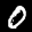
Label: 0